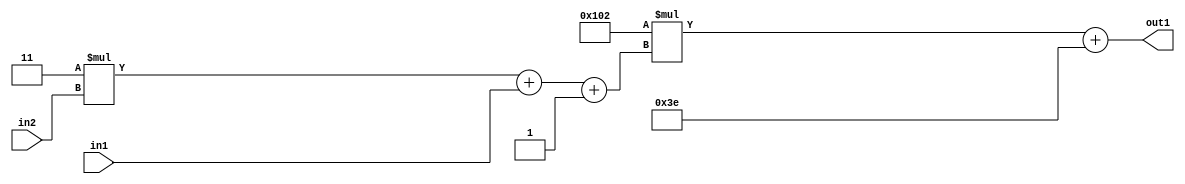
`timescale 1ps / 1ps
/*****************************************************************************
    Verilog RTL Description
    
    
    Created by: Stratus DpOpt 2019.1.01 
*******************************************************************************/

module DC_Filter_Add2i62Mul2i258Add3i1u1Mul2i3u2_1 (
	in2,
	in1,
	out1
	); /* architecture "behavioural" */ 
input [1:0] in2;
input  in1;
output [11:0] out1;
wire [11:0] asc001;
wire [3:0] asc002;

wire [3:0] asc002_tmp_0;
wire [3:0] asc002_tmp_1;
assign asc002_tmp_1 = 
	+(4'B0011 * in2);
assign asc002_tmp_0 = asc002_tmp_1
	+(in1);
assign asc002 = asc002_tmp_0
	+(4'B0001);

wire [11:0] asc001_tmp_2;
assign asc001_tmp_2 = 
	+(12'B000100000010 * asc002);
assign asc001 = asc001_tmp_2
	+(12'B000000111110);

assign out1 = asc001;
endmodule

/* CADENCE  vrP0TQA= : u9/ySgnWtBlWxVPRXgAZ4Og= ** DO NOT EDIT THIS LINE ******/